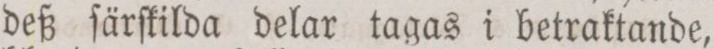
deß ſärſkilda delar tagas i betraktande,